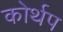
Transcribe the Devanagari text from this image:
कोर्थप